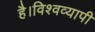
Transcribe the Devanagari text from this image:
है।विश्वव्यापी